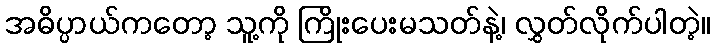
အဓိပ္ပာယ်ကတော့ သူ့ကို ကြိုးပေးမသတ်နဲ့၊ လွှတ်လိုက်ပါတဲ့။